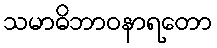
သမာဓိဘာဝနာရတော